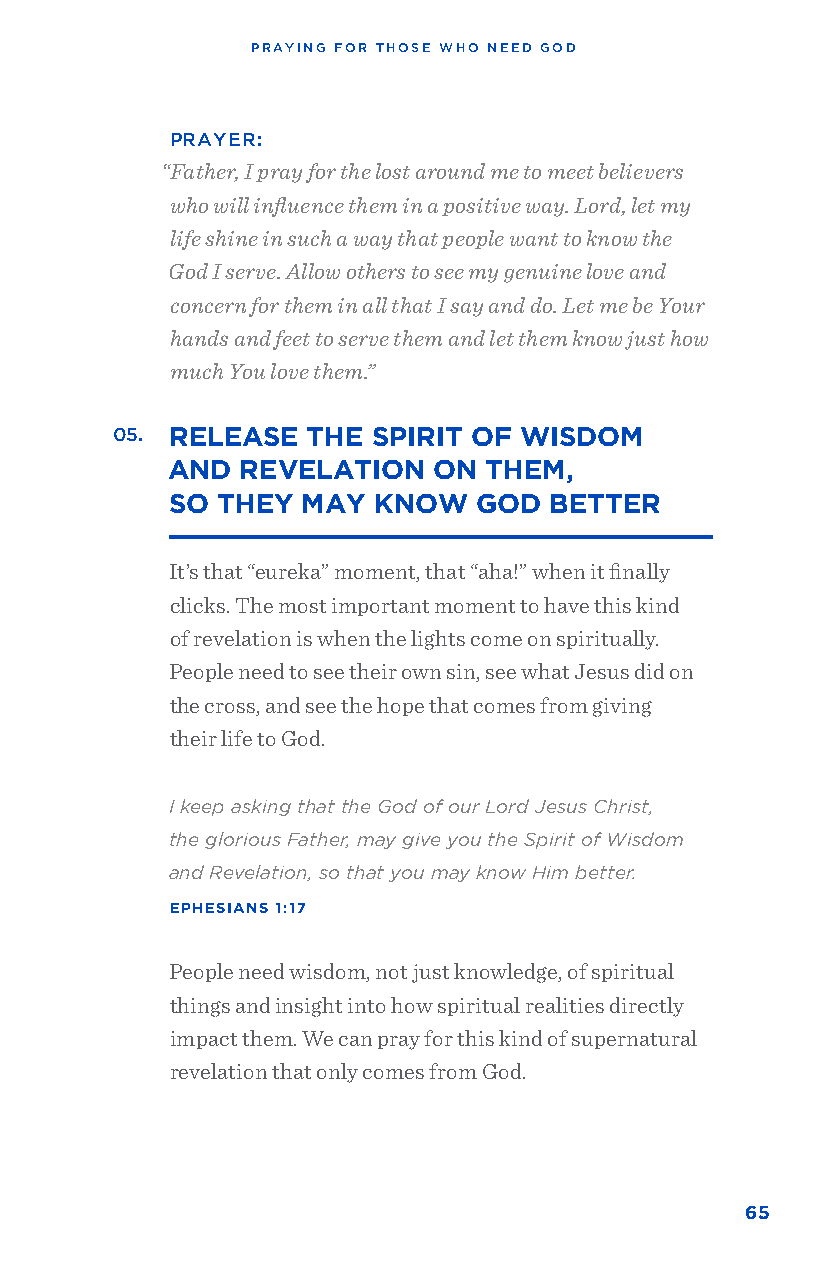
PRAYING FOR THOSE WHO NEED GOD
 PRAYER:
 “Father, I pray for the lost around me to meet believers
 who will influence them in a positive way. Lord, let my
 life shine in such a way that people want to know the
 God I serve. Allow others to see my genuine love and
 concern for them in all that I say and do. Let me be Your
 hands and feet to serve them and let them know just how
 much You love them.”
 05. RELEASE  THE  SPIRIT OF WISDOM
 AND  REVELATION   ON THEM,
 SO THEY  MAY  KNOW   GOD BETTER
 It’s that “eureka” moment, that “aha!” when it finally
 clicks. The most important moment to have this kind
 of revelation is when the lights come on spiritually.
 People need to see their own sin, see what Jesus did on
 the cross, and see the hope that comes from giving
 their life to God.
 I keep asking that the God of our Lord Jesus Christ,
 the glorious Father, may give you the Spirit of Wisdom
 and Revelation, so that you may know Him better.
 EPHESIANS 1:17
 People need wisdom, not just knowledge, of spiritual
 things and insight into how spiritual realities directly
 impact them. We can pray for this kind of supernatural
 revelation that only comes from God.
 65